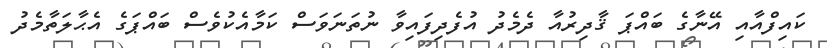
ކައިފްއާއި އޭނާގެ ބައްޕަ ޤާދިރުއާ ދެމެދު އުފެދިފައިވާ ނުތަނަވަސް ކަމާއެކުވެސް ބައްޕަގެ އެޙާލަތާމެދު